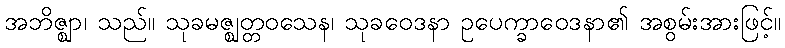
အဘိဇ္ဈာ၊ သည်။ သုခမဇ္ဈတ္တဝသေန၊ သုခဝေဒနာ ဥပေက္ခာဝေဒနာ၏ အစွမ်းအားဖြင့်။